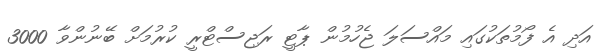
އަދި އެ ފޯމުތަކުގައި މައްސަލަ ޖެހުމުން ޕާޓީ ރަޖިސްޓްރީ ކުރުމަށް ބޭނުންވާ 3000